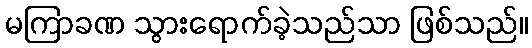
မကြာခဏ သွားရောက်ခဲ့သည်သာ ဖြစ်သည်။